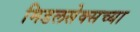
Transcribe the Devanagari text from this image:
मिडलसेक्सच्या